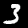
Label: 3